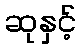
ဆုနှင့်